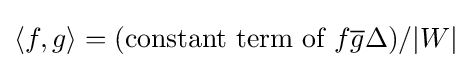
\langle f,g\rangle =({\text{constant term of }}f{\overline {g}}\Delta )/|W|